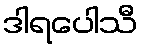
ဒါရပေါသီ